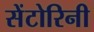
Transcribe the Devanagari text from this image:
सेंटोरिनी